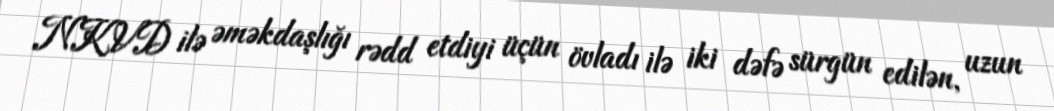
NKVD ilə əməkdaşlığı rədd etdiyi üçün övladı ilə iki dəfə sürgün edilən, uzun